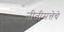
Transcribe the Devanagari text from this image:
नीतीमत्तेचे